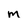
Character: m